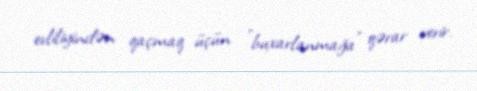
evliliyindən qaçmaq üçün "buxarlanmağa" qərar verir.